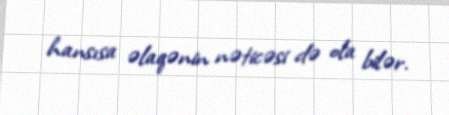
hansısa əlaqənin nəticəsi də ola bilər.